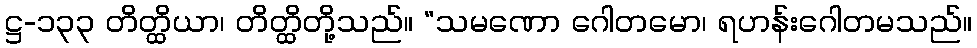
ဋ္ဌ-၁၃၃ တိတ္ထိယာ၊ တိတ္ထိတို့သည်။ “သမဏော ဂေါတမော၊ ရဟန်းဂေါတမသည်။